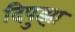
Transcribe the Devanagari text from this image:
दिपुझा